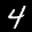
Label: 4